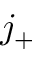
j _ { + }